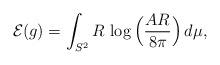
LaTeX: \begin{align*} \mathcal{E}(g) = \int_{S^2} R \, \log \Big ( \frac{AR}{8\pi} \Big ) \, d\mu, \end{align*}